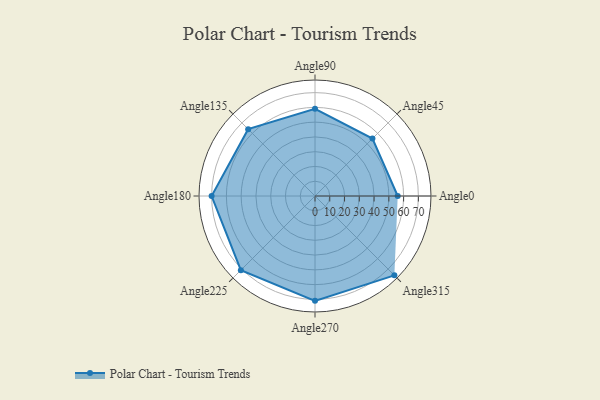
{"axis": {"x": "Angle", "y": "Radius"}, "legend": [""], "data": [{"x": "Angle0", "y": 56.0, "type": ""}, {"x": "Angle45", "y": 55.0, "type": ""}, {"x": "Angle90", "y": 59.0, "type": ""}, {"x": "Angle135", "y": 64.0, "type": ""}, {"x": "Angle180", "y": 70.0, "type": ""}, {"x": "Angle225", "y": 71.0, "type": ""}, {"x": "Angle270", "y": 71.0, "type": ""}, {"x": "Angle315", "y": 76.0, "type": ""}]}